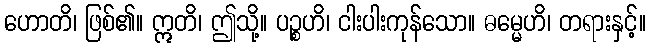
ဟောတိ၊ ဖြစ်၏။ ဣတိ၊ ဤသို့။ ပဉ္စဟိ၊ ငါးပါးကုန်သော။ ဓမ္မေဟိ၊ တရားနှင့်။